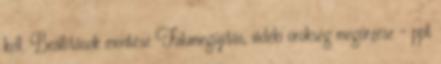
kell. Beállítások mentése Falumegújítás, vidéki örökség megőrzése - ppt